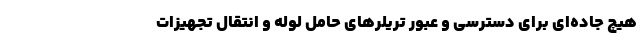
هیچ جاده‌ای برای دسترسی و عبور تریلر‌های حامل لوله و انتقال تجهیزات